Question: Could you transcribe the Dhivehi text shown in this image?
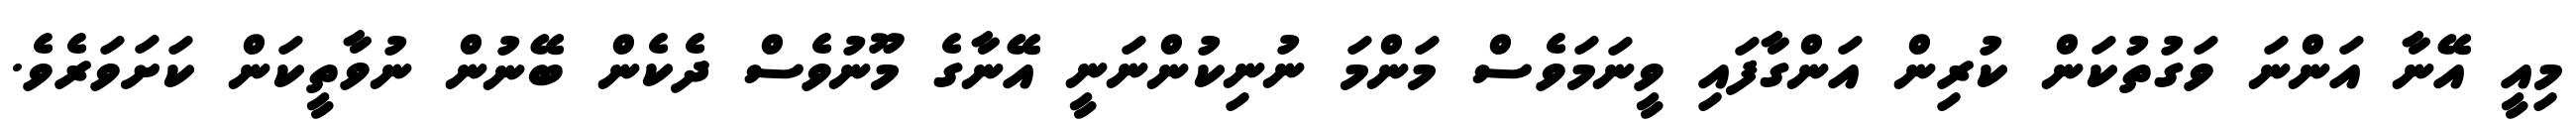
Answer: މިއީ އޭނާ އަންނަ ވަގުތުކަން ކުރިން އަންގާފައި ވީނަމަވެސް މަންމަ ނުނިކުންނަނީ އޭނާގެ މޫނުވެސް ދެކެން ބޭނުން ނުވާތީކަން ކަށަވަރެވެ.